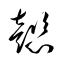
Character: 懿